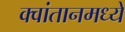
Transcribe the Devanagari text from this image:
क्वांतानमध्ये